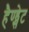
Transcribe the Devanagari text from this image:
हैण्ड्सेट